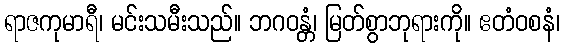
ရာဇကုမာရီ၊ မင်းသမီးသည်။ ဘဂဝန္တံ၊ မြတ်စွာဘုရားကို။ ဧတံဝစနံ၊